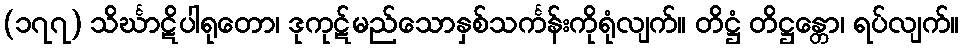
(၁၇၇) သိင်္ဃာဋိပါရုတော၊ ဒုကုဋ်မည်သောနှစ်သင်္ကန်းကိုရုံလျက်။ တိဋ္ဌံ တိဋ္ဌန္တော၊ ရပ်လျက်။